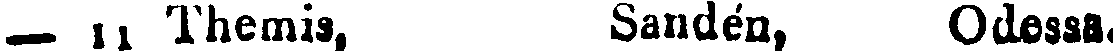
_ || Themis, Sandén, Odessa.